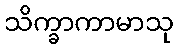
သိက္ခာကာမာသု